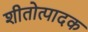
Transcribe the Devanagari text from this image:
शीतोत्पादक